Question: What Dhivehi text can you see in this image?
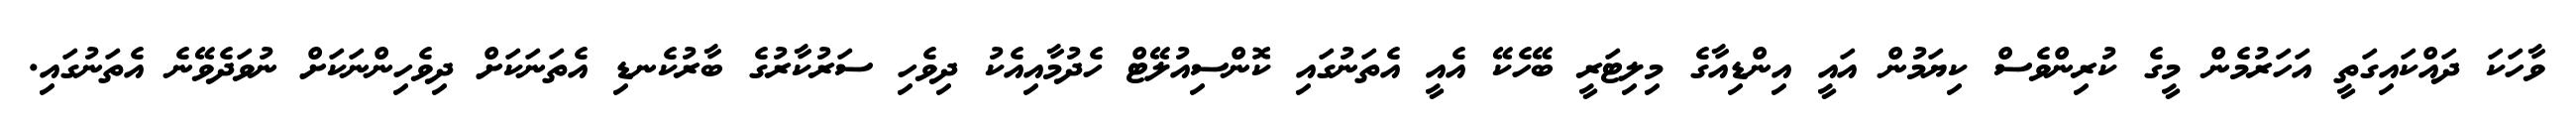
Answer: ވާހަކަ ދައްކައިގަތީ އަހަރުމެން މީގެ ކުރިންވެސް ކިޔަމުން އައީ އިންޑިއާގެ މިލިޓަރީ ބޭހެކޭ އެއީ އެތަނުގައި ކޮންސިއުލޭޓް ހެދުމާއިއެކު ދިވެހި ސަރުކާރުގެ ބާރުކެނޑި އެތަނަކަށް ދިވެހިންނަކަށް ނުވަދެވޭނެ އެތަނުގައި.